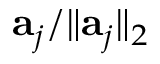
\mathbf { a } _ { j } / \lVert \mathbf { a } _ { j } \rVert _ { 2 }